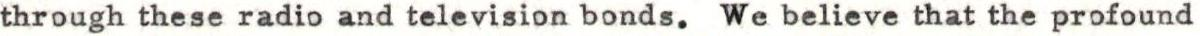
through these radio and television bonds. We believe that the profound